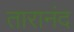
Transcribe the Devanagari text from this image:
तारानंद